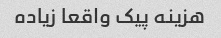
هزینه پیک واقعا زیاده